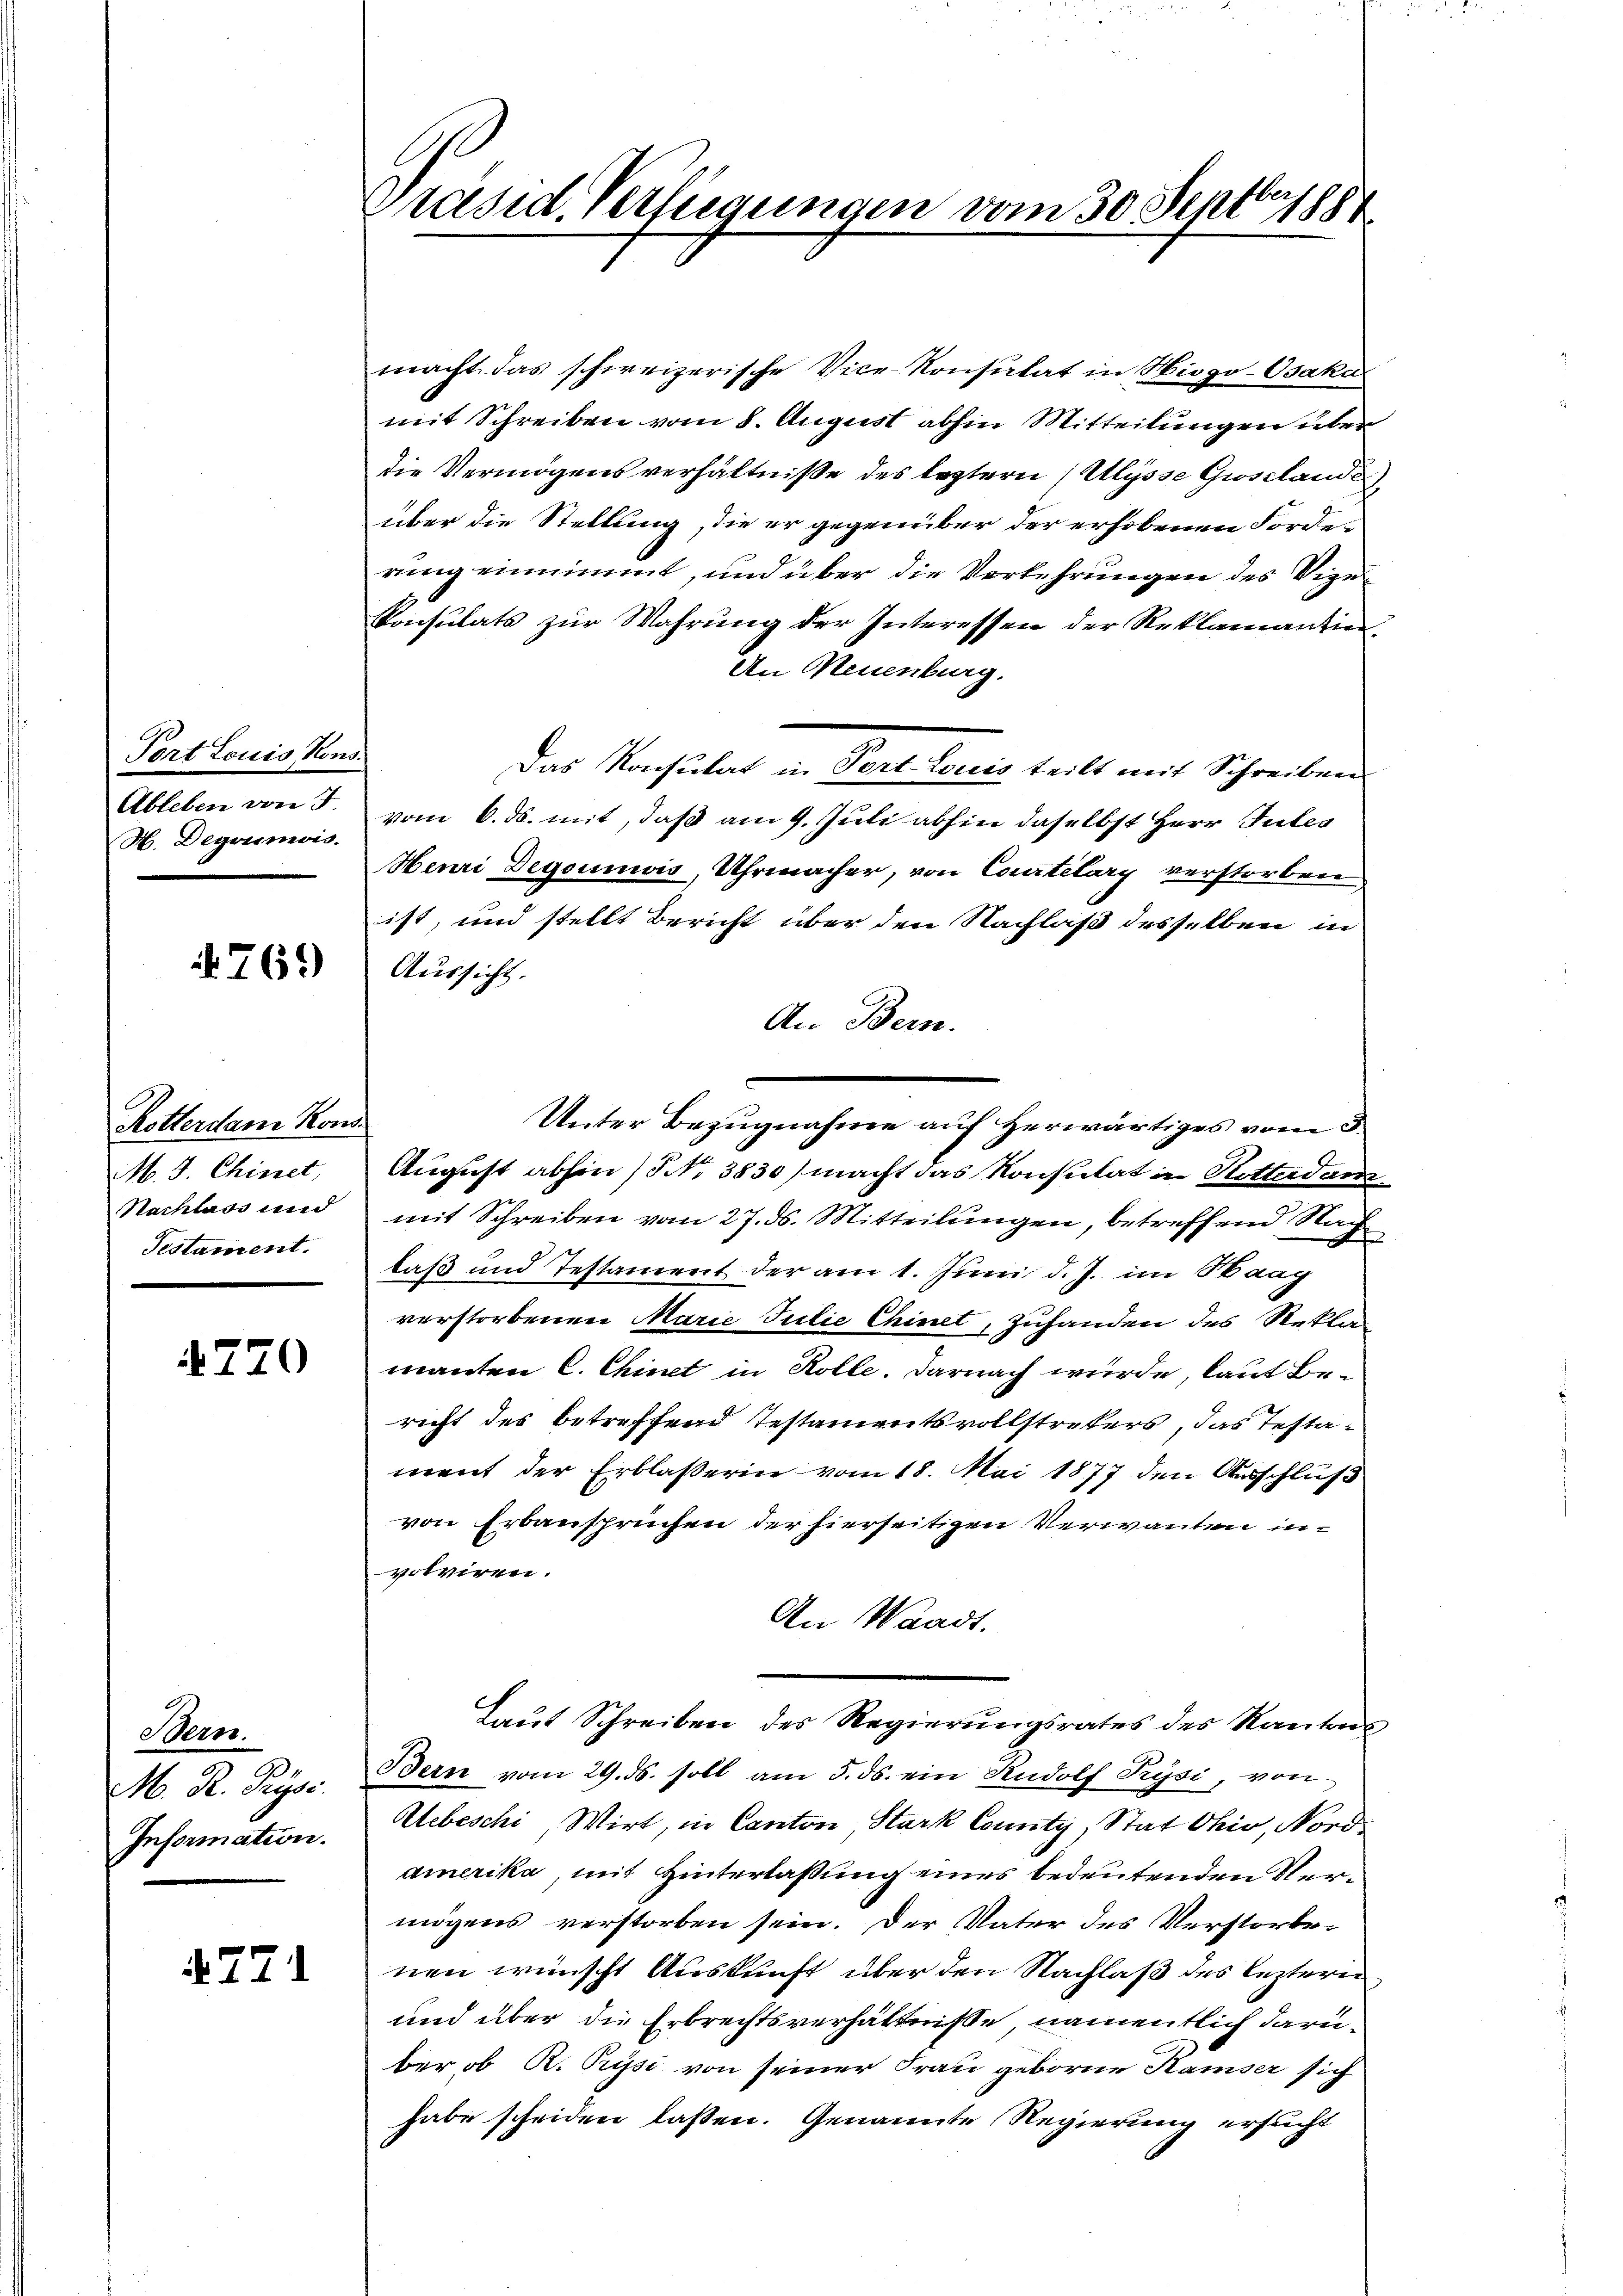
Port Louis Kons
Ableben von 4
H. Degoismois.

769

Rotterdam Kond
M. J. Chinet,
Nachlass und
Testament.

770

Bern.
M. R. Prÿsi.
Information.

A.771

Präsid. Verfügungen vom 30. Septbr 1884

macht das schweizerische Vice-Konsulat in Hiogo-Osaka
mit Schreiben vom 8. August abhin Mitteilungen über
die Vermögensverhältniße des leztern (Ulysse Grosslande
über die Stellung, die er gegenüber der erhobenen Forderung einnimmt, und über die Verkehrungen des Vige
Konsulats zur Wahrung der Interessen der Reklamantien¬
An Neuenburg.
Das Konsulat in Port Louis teilt mit Schreiben
vom 6. ds. mit, daß am 9. Juli abhin daselbst Herr Gutes
Henri Degounwis, Uhrmacher, von Courtelary verstorben,
ist, und stellt Bericht über den Nachlaß desselben in
Aussicht.
An Bern.
Unter Bezugnahme auf Herwärtiges vom 3.
August abhin) No 3830) macht das Konsulat in Ritterdanmit Schreiben vom 27. ds. Mitteilungen, betreffend Nach
laß und Testament der am 1. Juni d. J. im Waag
verstorbenen Marie Julie Chinet, zuhanden des Rekto
manten C. Chinet in Kolle. Darnach wurde, laut Bericht des betreffend Testamentsvollstreters, das Testament der Erblasserin vom 18. Mai 1877 den Ausschluß
von Erbauspruchen der hierseitigen Verwanten in
volviren.
An Waadt.
Laut Schreiben des Regierungsrates des Kantons
Bern vom 29. ds. soll am 5. ds. ein Rudolf Prysi, von
Aebeschi, Wirt, in Canton Stark County, Stat Ohio, Nordamerika, mit Hinterlaßung eines bedeutenden Vermögens verstorben sein. Der Vater des Verstorbenen wünscht Auskunft über den Nachlaß des leztern
und über die Erbrechtsverhältnisse namentlich darüber ob R. Prise von seiner Frau geborne Kaiser sich
habe scheiden lassen. Genannte Regierung ersucht